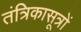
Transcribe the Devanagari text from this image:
तंत्रिकासूत्रों